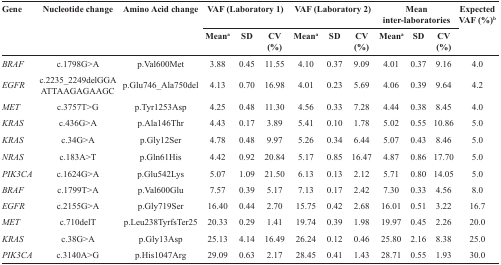
<table><thead><tr><td rowspan="2"><b>Gene</b></td><td rowspan="2"><b>Nucleotide change</b></td><td rowspan="2"><b>Amino Acid change</b></td><td colspan="3"><b>VAF (Laboratory 1)</b></td><td colspan="3"><b>VAF (Laboratory 2)</b></td><td colspan="3"><b>Mean inter-laboratories</b></td><td rowspan="2"><b>ExpectedVAF (%)<sup>b</sup></b></td></tr><tr><td><b>Mean<sup>a</sup></b></td><td><b>SD</b></td><td><b>CV(%)</b></td><td><b>Mean<sup>a</sup></b></td><td><b>SD</b></td><td><b>CV(%)</b></td><td><b>Mean<sup>a</sup></b></td><td><b>SD</b></td><td><b>CV(%)</b></td></tr></thead><tbody><tr><td><i>BRAF</i></td><td>c.1798G&gt;A</td><td>p.Val600Met</td><td>3.88</td><td>0.45</td><td>11.55</td><td>4.10</td><td>0.37</td><td>9.09</td><td>4.01</td><td>0.37</td><td>9.16</td><td>4.0</td></tr><tr><td><i>EGFR</i></td><td>c.2235_2249delGGA ATTAAGAGAAGC</td><td>p.Glu746_Ala750del</td><td>4.13</td><td>0.70</td><td>16.98</td><td>4.01</td><td>0.23</td><td>5.69</td><td>4.06</td><td>0.39</td><td>9.64</td><td>4.2</td></tr><tr><td><i>MET</i></td><td>c.3757T&gt;G</td><td>p.Tyr1253Asp</td><td>4.25</td><td>0.48</td><td>11.30</td><td>4.56</td><td>0.33</td><td>7.28</td><td>4.44</td><td>0.38</td><td>8.45</td><td>4.0</td></tr><tr><td><i>KRAS</i></td><td>c.436G&gt;A</td><td>p.Ala146Thr</td><td>4.43</td><td>0.17</td><td>3.89</td><td>5.41</td><td>0.10</td><td>1.78</td><td>5.02</td><td>0.55</td><td>10.86</td><td>5.0</td></tr><tr><td><i>KRAS</i></td><td>c.34G&gt;A</td><td>p.Gly12Ser</td><td>4.78</td><td>0.48</td><td>9.97</td><td>5.26</td><td>0.34</td><td>6.44</td><td>5.07</td><td>0.43</td><td>8.46</td><td>5.0</td></tr><tr><td><i>NRAS</i></td><td>c.183A&gt;T</td><td>p.Gln61His</td><td>4.42</td><td>0.92</td><td>20.84</td><td>5.17</td><td>0.85</td><td>16.47</td><td>4.87</td><td>0.86</td><td>17.70</td><td>5.0</td></tr><tr><td><i>PIK3CA</i></td><td>c.1624G&gt;A</td><td>p.Glu542Lys</td><td>5.07</td><td>1.09</td><td>21.50</td><td>6.13</td><td>0.13</td><td>2.12</td><td>5.71</td><td>0.80</td><td>14.05</td><td>5.0</td></tr><tr><td><i>BRAF</i></td><td>c.1799T&gt;A</td><td>p.Val600Glu</td><td>7.57</td><td>0.39</td><td>5.17</td><td>7.13</td><td>0.17</td><td>2.42</td><td>7.30</td><td>0.33</td><td>4.56</td><td>8.0</td></tr><tr><td><i>EGFR</i></td><td>c.2155G&gt;A</td><td>p.Gly719Ser</td><td>16.40</td><td>0.44</td><td>2.70</td><td>15.75</td><td>0.42</td><td>2.68</td><td>16.01</td><td>0.51</td><td>3.22</td><td>16.7</td></tr><tr><td><i>MET</i></td><td>c.710delT</td><td>p.Leu238TyrfsTer25</td><td>20.33</td><td>0.29</td><td>1.41</td><td>19.74</td><td>0.39</td><td>1.98</td><td>19.97</td><td>0.45</td><td>2.26</td><td>20.0</td></tr><tr><td><i>KRAS</i></td><td>c.38G&gt;A</td><td>p.Gly13Asp</td><td>25.13</td><td>4.14</td><td>16.49</td><td>26.24</td><td>0.12</td><td>0.46</td><td>25.80</td><td>2.16</td><td>8.38</td><td>25.0</td></tr><tr><td><i>PIK3CA</i></td><td>c.3140A&gt;G</td><td>p.His1047Arg</td><td>29.09</td><td>0.63</td><td>2.17</td><td>28.45</td><td>0.41</td><td>1.43</td><td>28.71</td><td>0.55</td><td>1.93</td><td>30.0</td></tr></tbody></table>